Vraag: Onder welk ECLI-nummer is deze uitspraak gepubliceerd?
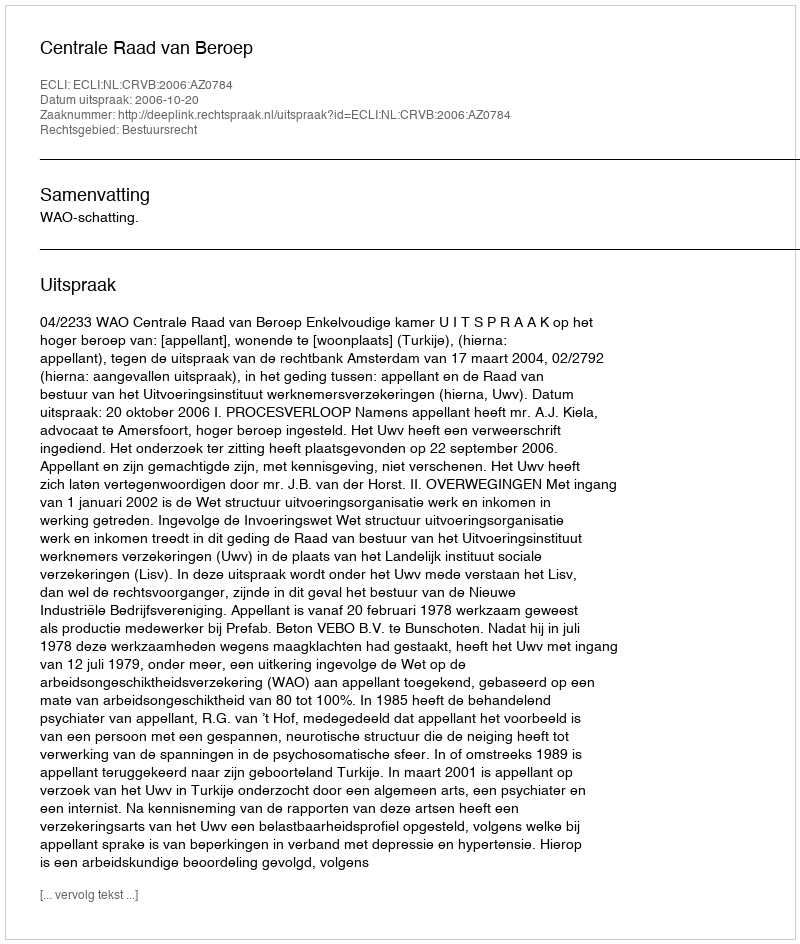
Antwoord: ECLI:NL:CRVB:2006:AZ0784